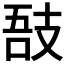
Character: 𢻊